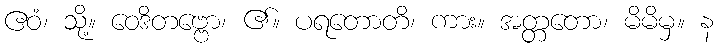
ဧဝံ၊ သို့။ ဝေဒိတဗ္ဗော၊ ၏။ ပရတောတိ၊ ကား။ အတ္တတော၊ မိမိမှ။ န